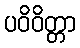
ပဝိဝိတ္တာ